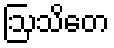
ဩသိတေ